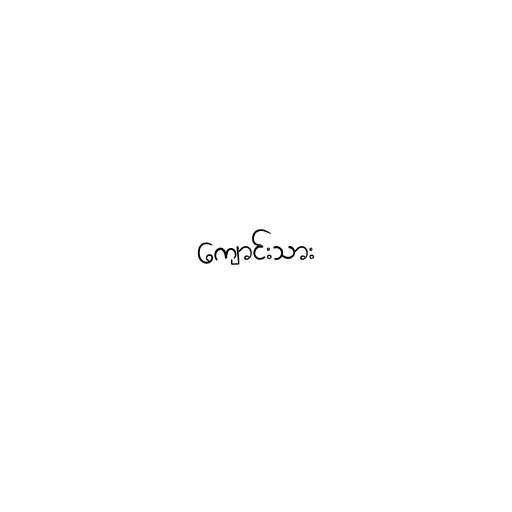
ကျောင်းသား